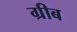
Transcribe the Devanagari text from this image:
ग्रीब